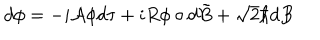
LaTeX: d \phi = - i { \cal A } \phi d \tau + i R \phi \circ d \tilde { B } + \sqrt { 2 } \hbar d B